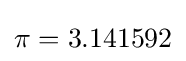
\pi =3.141592